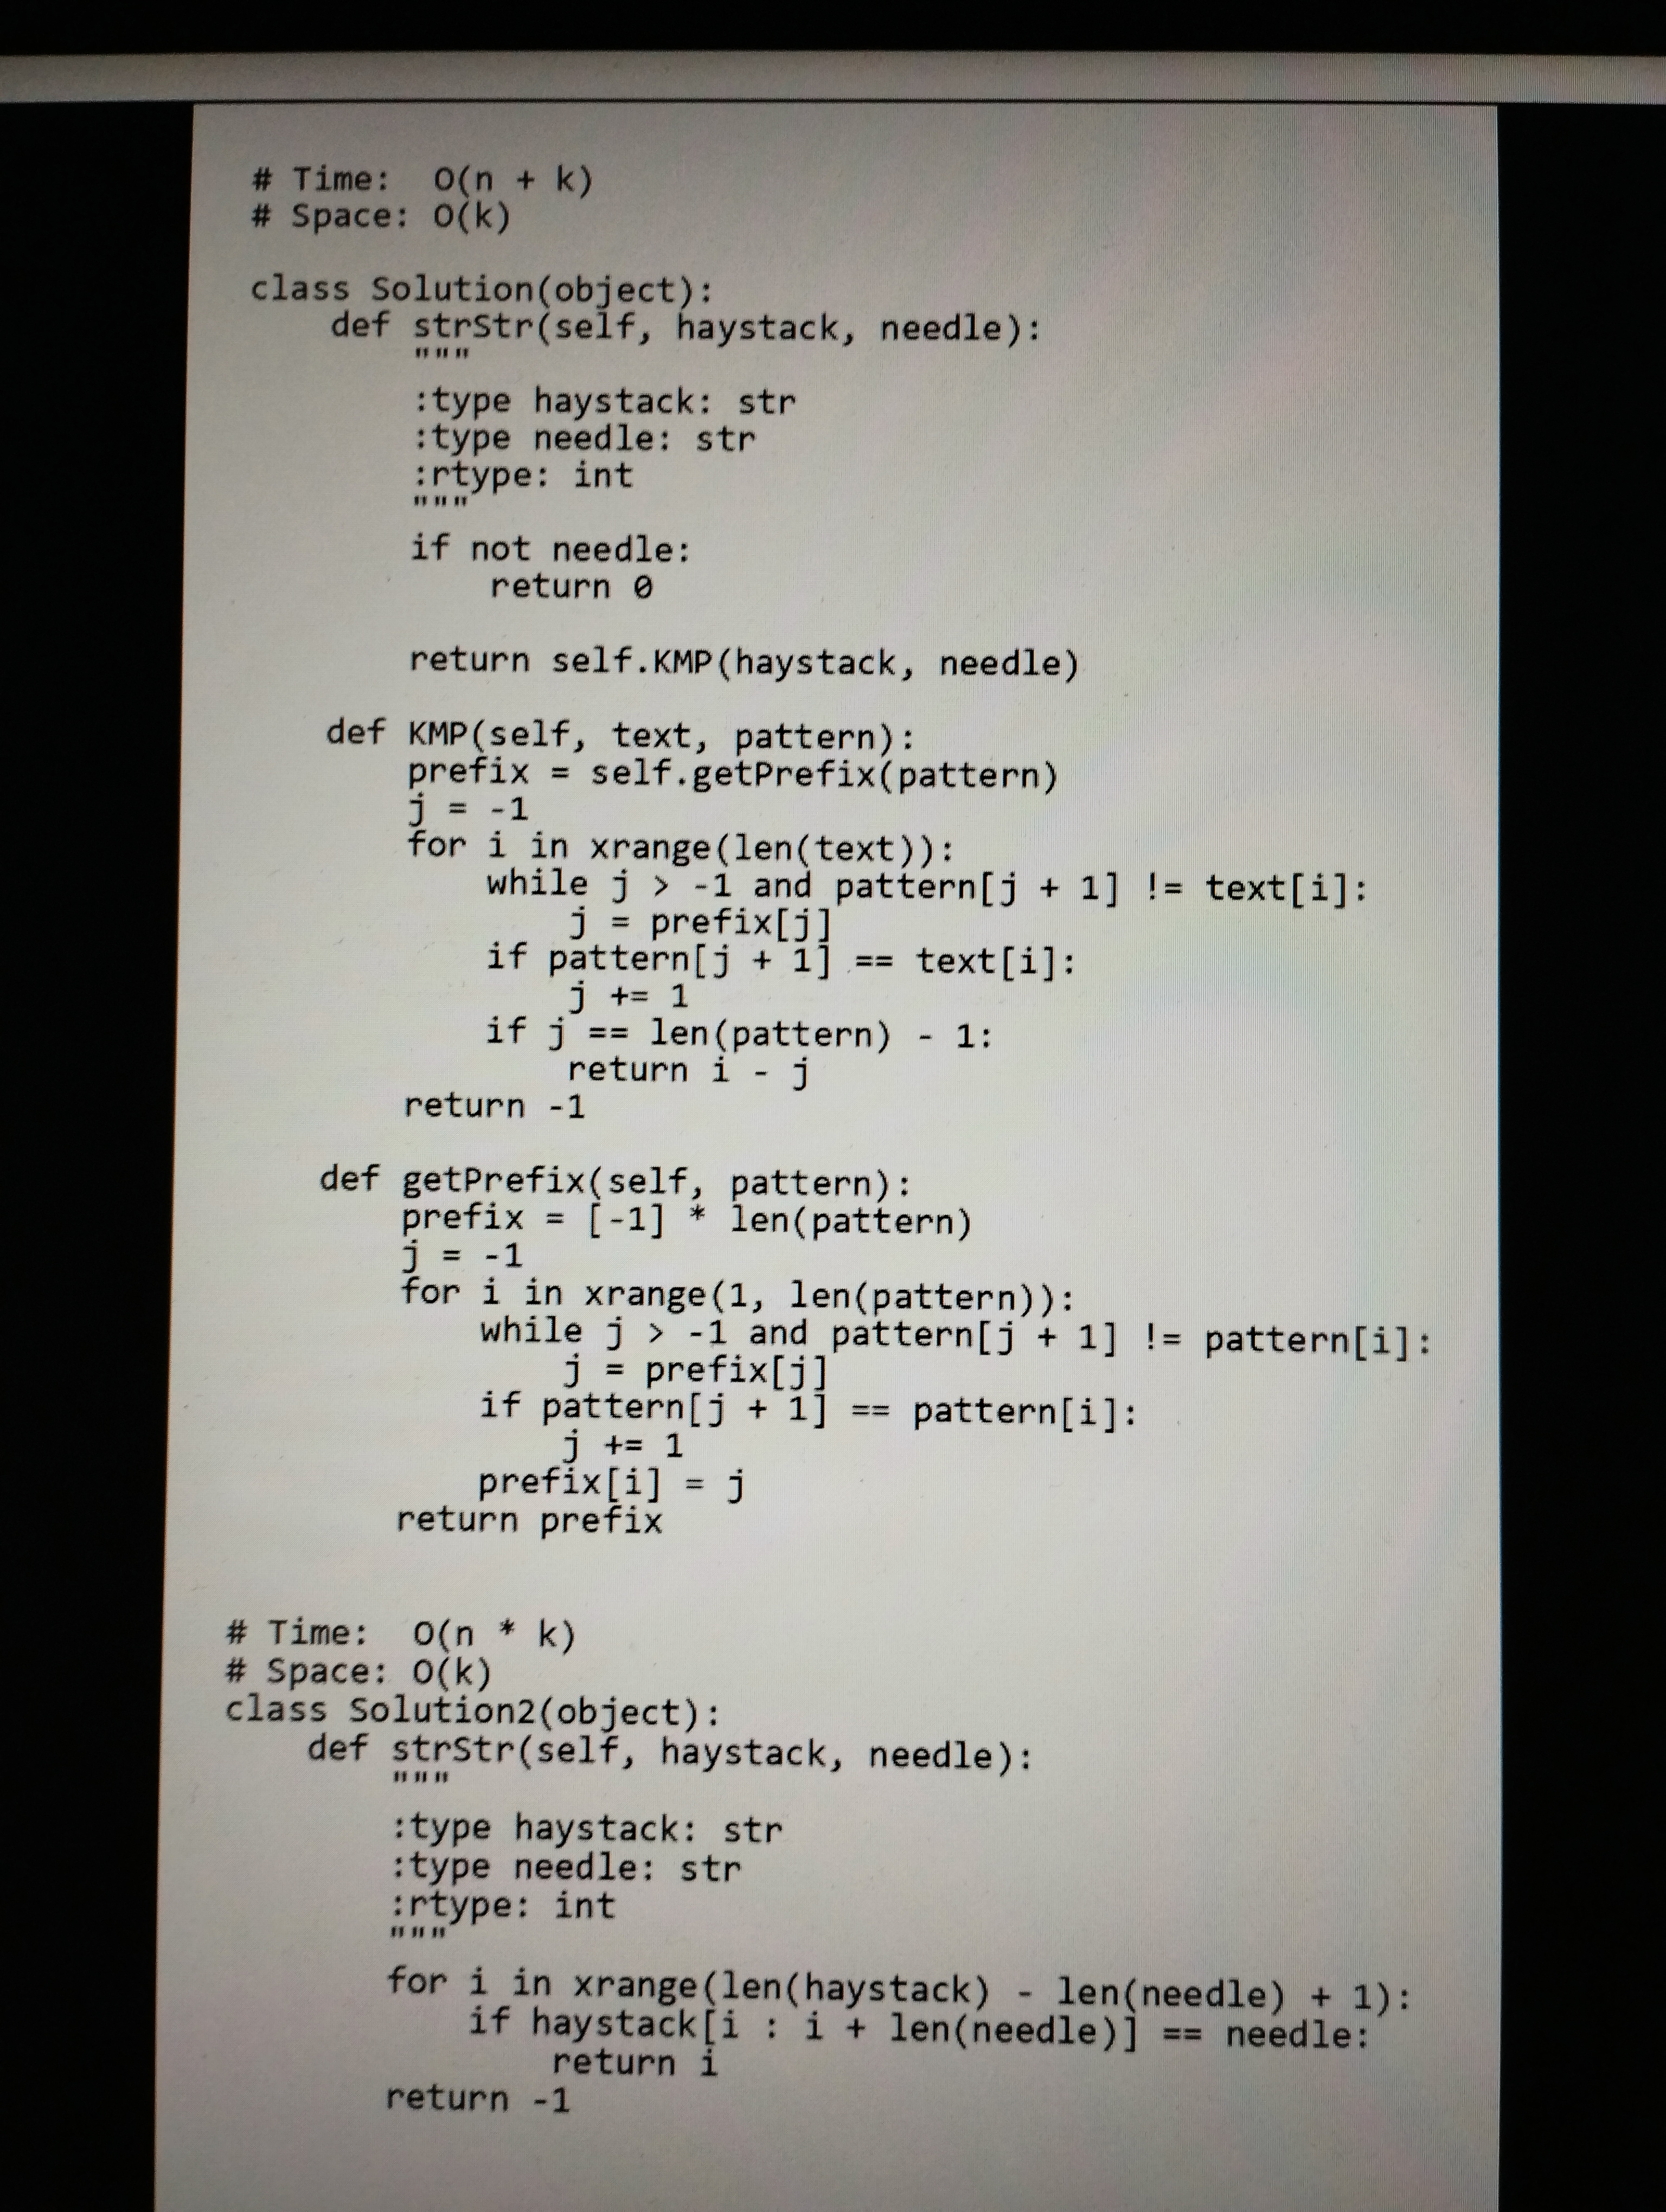
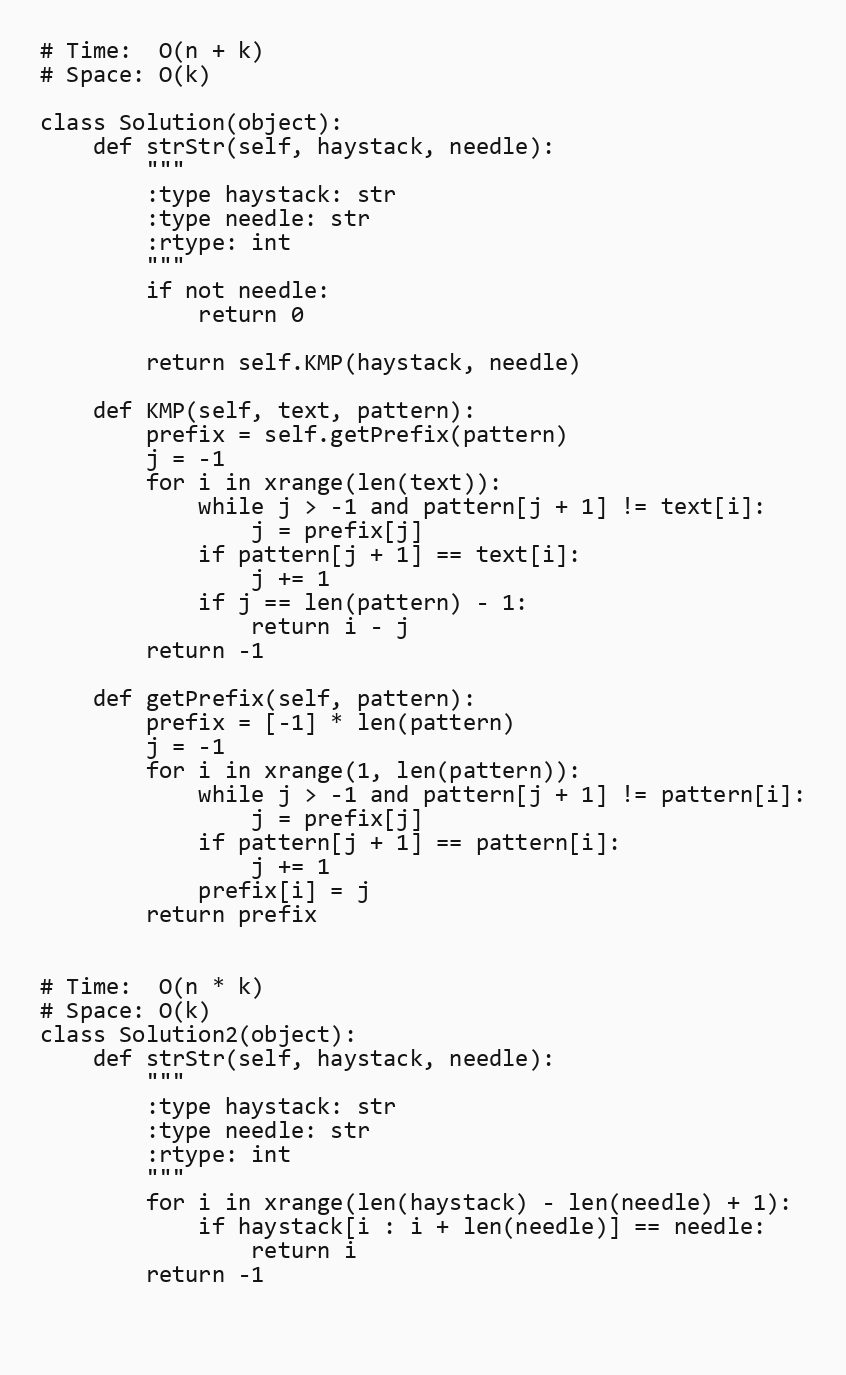
# Time:  O(n + k)
# Space: O(k)

class Solution(object):
    def strStr(self, haystack, needle):
        """
        :type haystack: str
        :type needle: str
        :rtype: int
        """
        if not needle:
            return 0

        return self.KMP(haystack, needle)

    def KMP(self, text, pattern):
        prefix = self.getPrefix(pattern)
        j = -1
        for i in xrange(len(text)):
            while j > -1 and pattern[j + 1] != text[i]:
                j = prefix[j]
            if pattern[j + 1] == text[i]:
                j += 1
            if j == len(pattern) - 1:
                return i - j
        return -1

    def getPrefix(self, pattern):
        prefix = [-1] * len(pattern)
        j = -1
        for i in xrange(1, len(pattern)):
            while j > -1 and pattern[j + 1] != pattern[i]:
                j = prefix[j]
            if pattern[j + 1] == pattern[i]:
                j += 1
            prefix[i] = j
        return prefix

# Time:  O(n * k)
# Space: O(k)
class Solution2(object):
    def strStr(self, haystack, needle):
        """
        :type haystack: str
        :type needle: str
        :rtype: int
        """
        for i in xrange(len(haystack) - len(needle) + 1):
            if haystack[i : i + len(needle)] == needle:
                return i
        return -1